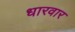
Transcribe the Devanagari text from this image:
धारवार